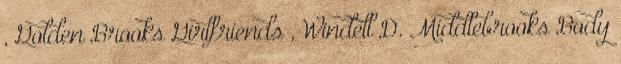
, Golden Brooks Girlfriends , Windell D. Middlebrooks Body